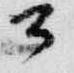
公